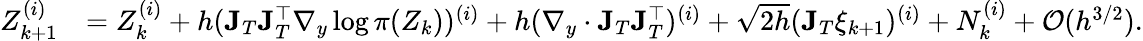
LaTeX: \begin{array}{rl}{Z_{k+1}^{(i)}}&{=Z_{k}^{(i)}+h(\mathbf{J}_{T}\mathbf{J}_{T}^{\top}\nabla_{y}\log\pi(Z_{k}))^{(i)}+h(\nabla_{y}\cdot\mathbf{J}_{T}\mathbf{J}_{T}^{\top})^{(i)}+\sqrt{2h}(\mathbf{J}_{T}\xi_{k+1})^{(i)}+N_{k}^{(i)}+\mathcal{O}(h^{3/2}).}\end{array}